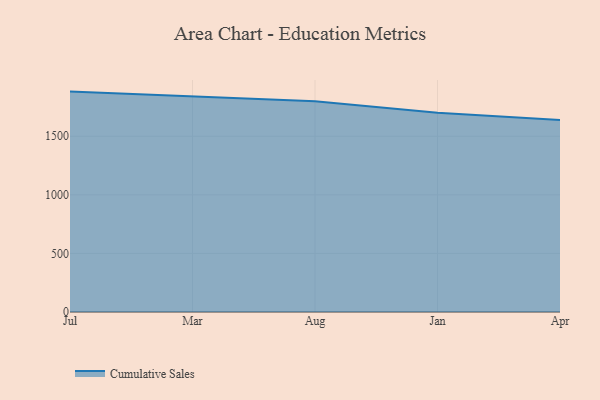
{"axis": {"x": "Month", "y": "Tickets Resolved"}, "legend": ["Cumulative Sales"], "data": [{"x": "Jul", "y": 1881.2, "type": "Cumulative Sales"}, {"x": "Mar", "y": 1838.4, "type": "Cumulative Sales"}, {"x": "Aug", "y": 1799.2, "type": "Cumulative Sales"}, {"x": "Jan", "y": 1699.7, "type": "Cumulative Sales"}, {"x": "Apr", "y": 1638.8, "type": "Cumulative Sales"}]}